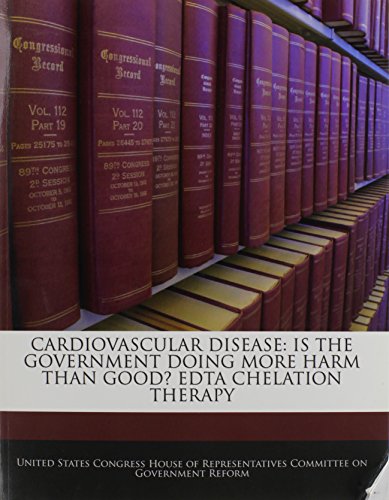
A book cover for Cardiovascular Disease: Is The Government Doing More Harm Than Good? Edta Chelation Therapy; Health, Fitness & Dieting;